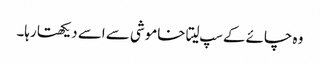
وہ چائے کے سپ لیتا خاموشی سے اسے دیکھتا رہا۔